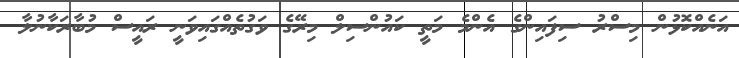
އަނެއްކޮޅުން މިސްރު ސިފައިންގެ އެންމެ މަތީ ކައުންސިލް މިރޭގެ ވަގުތެއްގައިވަނީ ރައީސް މުބާރަކާނުލާ